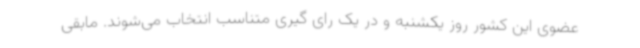
عضوی این کشور روز یکشنبه و در یک رای گیری متناسب انتخاب می‌شوند. مابقی